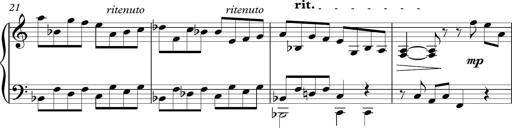
Title: Piano Sonatina in C
Composer: Daniel LÃ©o Simpson
Key: C major